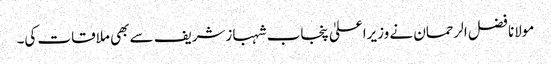
مولانا فضل الرحمان نے وزیراعلیٰ پنجاب شہبازشریف سے بھی ملاقات کی۔